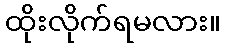
ထိုးလိုက်ရမလား။